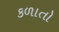
કળાતો